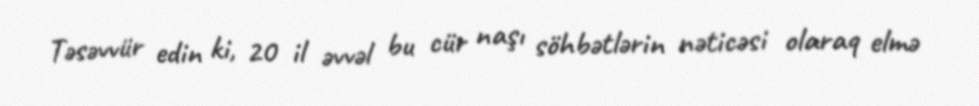
Təsəvvür edin ki, 20 il əvvəl bu cür naşı söhbətlərin nəticəsi olaraq elmə